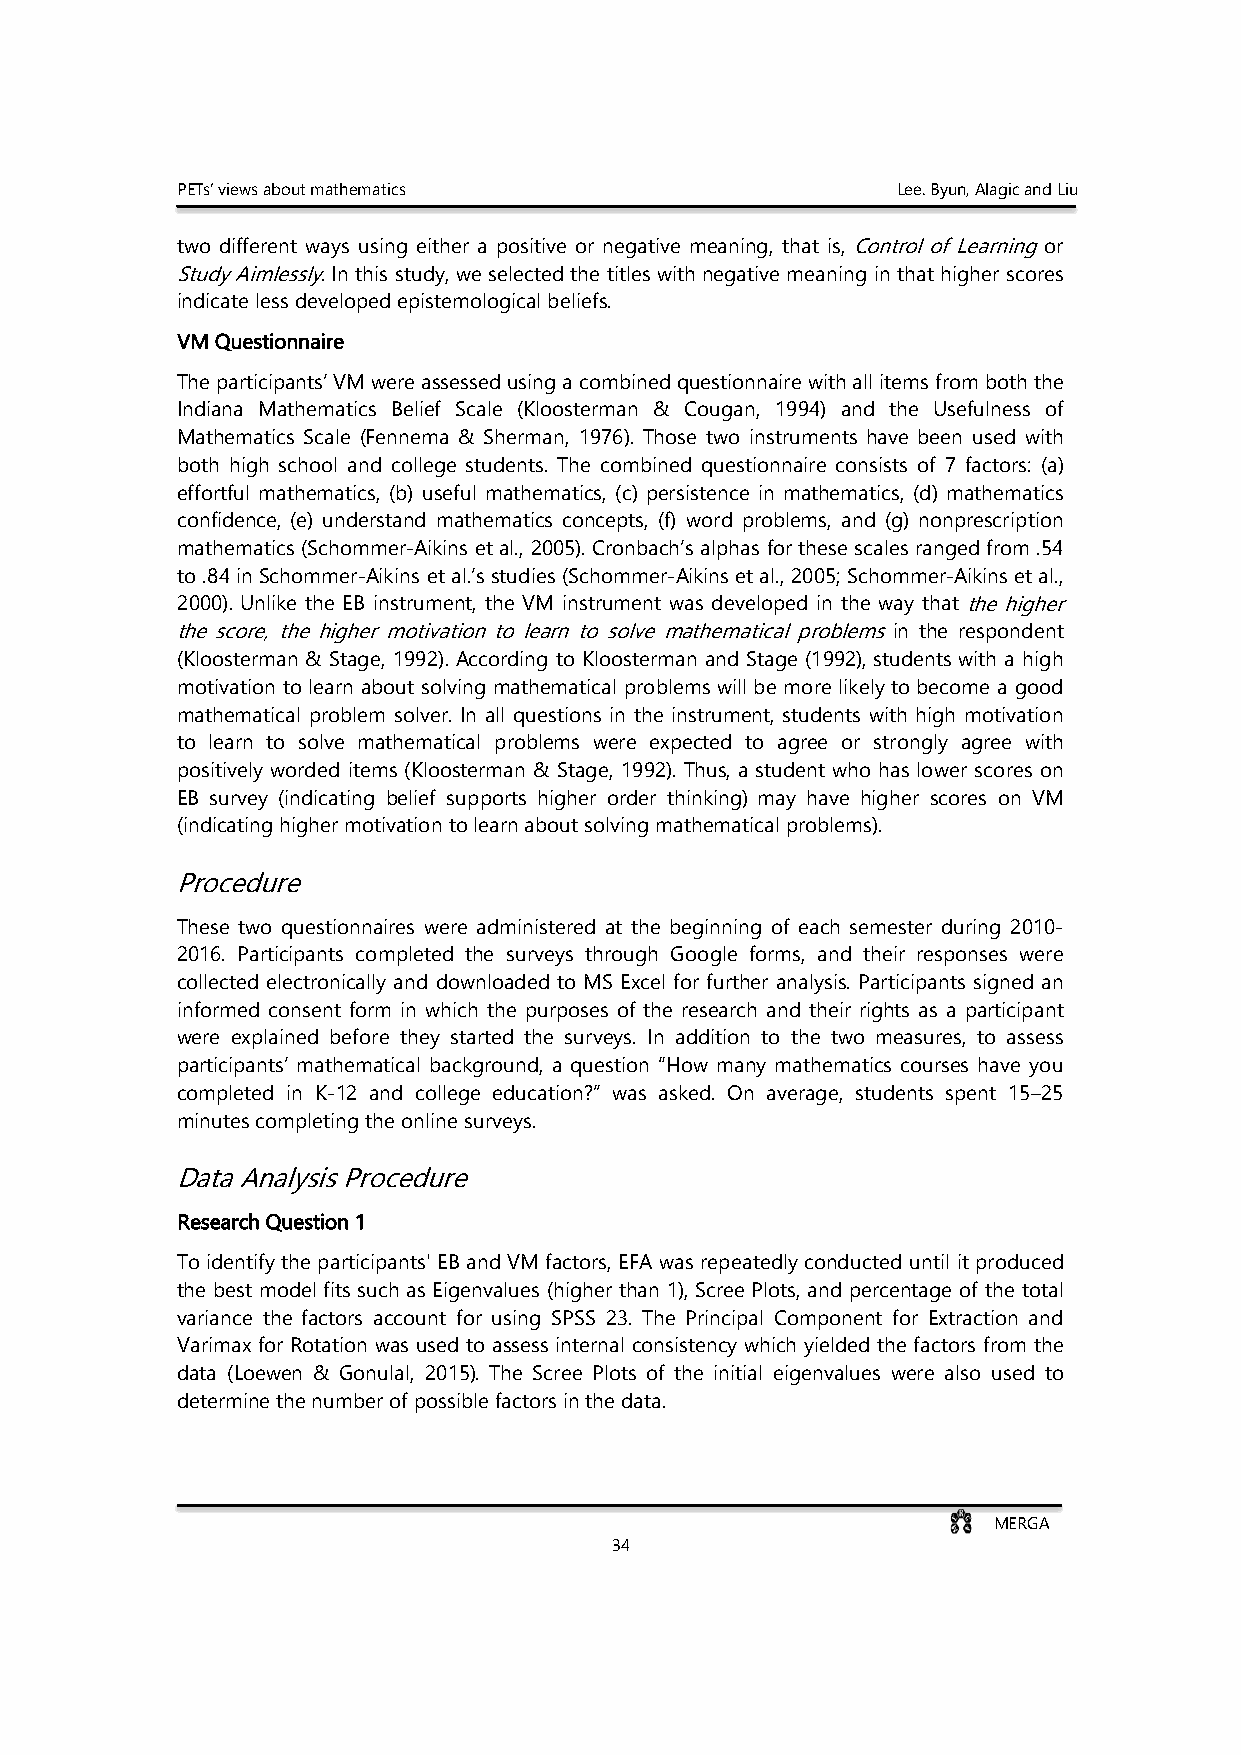
PETs’ views about mathematics                  Lee. Byun, Alagic and Liu
 two different ways using either a positive or negative meaning, that is, Control of Learning or
 Study Aimlessly. In this study, we selected the titles with negative meaning in that higher scores
 indicate less developed epistemological beliefs.
 VM Questionnaire
 The participants’ VM were assessed using a combined questionnaire with all items from both the
 Indiana Mathematics Belief Scale (Kloosterman & Cougan, 1994) and the Usefulness of
 Mathematics Scale (Fennema & Sherman, 1976). Those two instruments have been used with
 both high school and college students. The combined questionnaire consists of 7 factors: (a)
 effortful mathematics, (b) useful mathematics, (c) persistence in mathematics, (d) mathematics
 confidence, (e) understand mathematics concepts, (f) word problems, and (g) nonprescription
 mathematics (Schommer-Aikins et al., 2005). Cronbach’s alphas for these scales ranged from .54
 to .84 in Schommer-Aikins et al.’s studies (Schommer-Aikins et al., 2005; Schommer-Aikins et al.,
 2000). Unlike the EB instrument, the VM instrument was developed in the way that the higher
 the score, the higher motivation to learn to solve mathematical problems in the respondent
 (Kloosterman & Stage, 1992). According to Kloosterman and Stage (1992), students with a high
 motivation to learn about solving mathematical problems will be more likely to become a good
 mathematical problem solver. In all questions in the instrument, students with high motivation
 to learn to solve mathematical problems were expected to agree or strongly agree with
 positively worded items (Kloosterman & Stage, 1992). Thus, a student who has lower scores on
 EB survey (indicating belief supports higher order thinking) may have higher scores on VM
 (indicating higher motivation to learn about solving mathematical problems).
 Procedure
 These two questionnaires were administered at the beginning of each semester during 2010-
 2016. Participants completed the surveys through Google forms, and their responses were
 collected electronically and downloaded to MS Excel for further analysis. Participants signed an
 informed consent form in which the purposes of the research and their rights as a participant
 were explained before they started the surveys. In addition to the two measures, to assess
 participants’ mathematical background, a question “How many mathematics courses have you
 completed in K-12 and college education?” was asked. On average, students spent 15–25
 minutes completing the online surveys.
 Data Analysis Procedure
 Research Question 1
 To identify the participants' EB and VM factors, EFA was repeatedly conducted until it produced
 the best model fits such as Eigenvalues (higher than 1), Scree Plots, and percentage of the total
 variance the factors account for using SPSS 23. The Principal Component for Extraction and
 Varimax for Rotation was used to assess internal consistency which yielded the factors from the
 data (Loewen & Gonulal, 2015). The Scree Plots of the initial eigenvalues were also used to
 determine the number of possible factors in the data.
 MERGA
 34